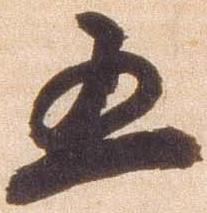
五